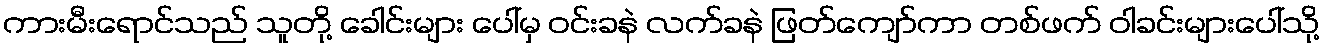
ကားမီးရောင်သည် သူတို့ ခေါင်းများ ပေါ်မှ ဝင်းခနဲ လက်ခနဲ ဖြတ်ကျော်ကာ တစ်ဖက် ဝါခင်းများပေါ်သို့